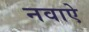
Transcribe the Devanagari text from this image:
नवाऐ